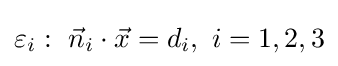
\varepsilon _{i}:\ {\vec {n}}_{i}\cdot {\vec {x}}=d_{i},\ i=1,2,3